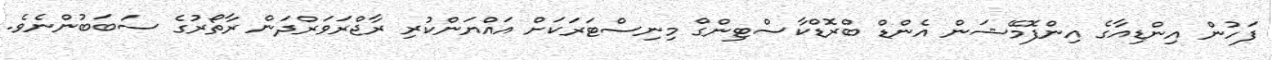
ފަހުން އިންޑިއާގެ އިންފޮމޭޝަން އެންޑް ބްރޮޑްކާސްޓިންގް މިނިސްޓަރަކަށް އައްޔަންކުރި ރާޖްރަވަރްދަން ރާތޯރުގެ ސަބަބުންނެވެ.